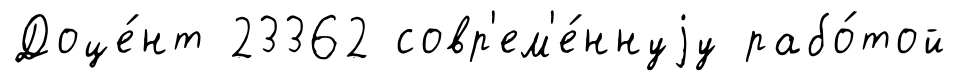
Доце́нт 23362 совр'ем'е́ннуjу рабо́той